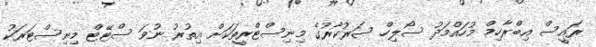
ރައީސް އިބްރާހިމް މުހައްމަދު ސޯލިހް ސަރުކާރުގެ މިނިސްޓްރީތަކަށް އިތުރު ނުވަ ސްޓޭޓް މިނިސްޓަރަކު